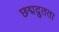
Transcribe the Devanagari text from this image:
छद्मद्रुतता